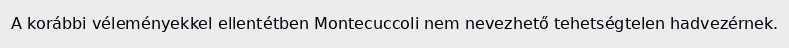
A korábbi véleményekkel ellentétben Montecuccoli nem nevezhető tehetségtelen hadvezérnek.